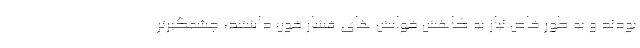
بودند و به طور خاص نیاز به کاهش خوانش های فشار خون داشتند، چشمگیرتر